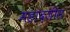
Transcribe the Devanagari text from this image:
महादजीस